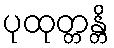
ပုထုတ္တန္တိ